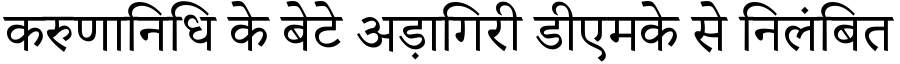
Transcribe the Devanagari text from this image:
करुणानिधि के बेटे अड़ागिरी डीएमके से निलंबित